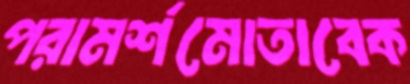
পরামর্শমোতাবেক